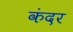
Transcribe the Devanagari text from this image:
कंदर